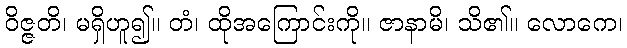
ဝိဇ္ဇတိ၊ မရှိဟူ၍။ တံ၊ ထိုအကြောင်းကို။ ဇာနာမိ၊ သိ၏။ လောကေ၊